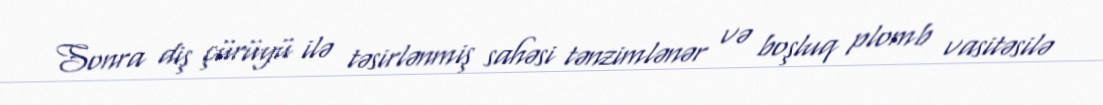
Sonra diş çürüyü ilə təsirlənmiş sahəsi tənzimlənər və boşluq plomb vasitəsilə